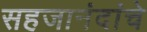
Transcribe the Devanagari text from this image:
सहजानंदांचे